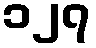
၁၂၇